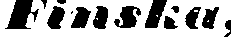
Finska,